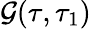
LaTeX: \mathcal{G}(\tau,\tau_{1})